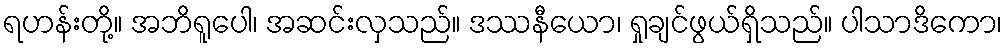
ရဟန်းတို့။ အဘိရူပေါ၊ အဆင်းလှသည်။ ဒဿနီယော၊ ရှုချင်ဖွယ်ရှိသည်။ ပါသာဒိကော၊